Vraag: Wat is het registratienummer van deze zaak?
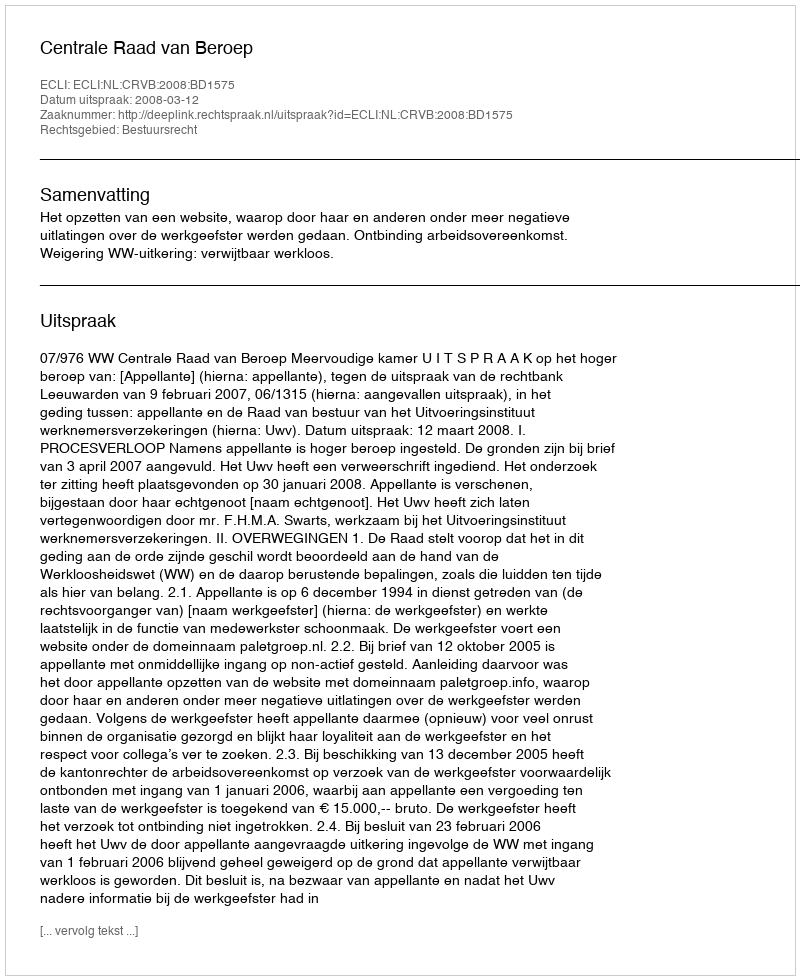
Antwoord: http://deeplink.rechtspraak.nl/uitspraak?id=ECLI:NL:CRVB:2008:BD1575